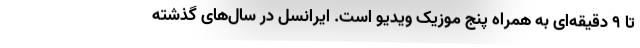
تا ۹ دقیقه‌ای به همراه پنج موزیک ویدیو است. ایرانسل در سال‌های گذشته